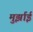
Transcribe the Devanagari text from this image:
मुर्झाई